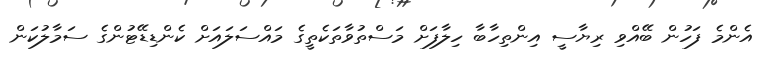
އެންމެ ފަހުން ބޭއްވި ރިޔާސީ އިންތިހާބާ ހިލާފަށް މަސްތުވާތަކެތީގެ މައްސަލައަށް ކެންޑިޑޭޓުންގެ ސަމާލުކަން